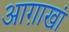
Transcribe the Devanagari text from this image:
आग़ाखां